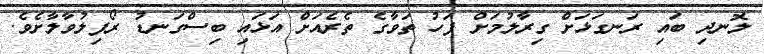
ލޮނދި ބައި ރަނގަޅަށް ގިރާލުމަށް ފަހު ތަވާގެ ތެރެއަށް އަޅައި ބިސްގަނޑު ރޯފިލުވާލާށެވެ.